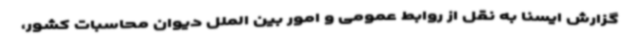
گزارش ایسنا به نقل از روابط عمومی و امور بین الملل دیوان محاسبات کشور،